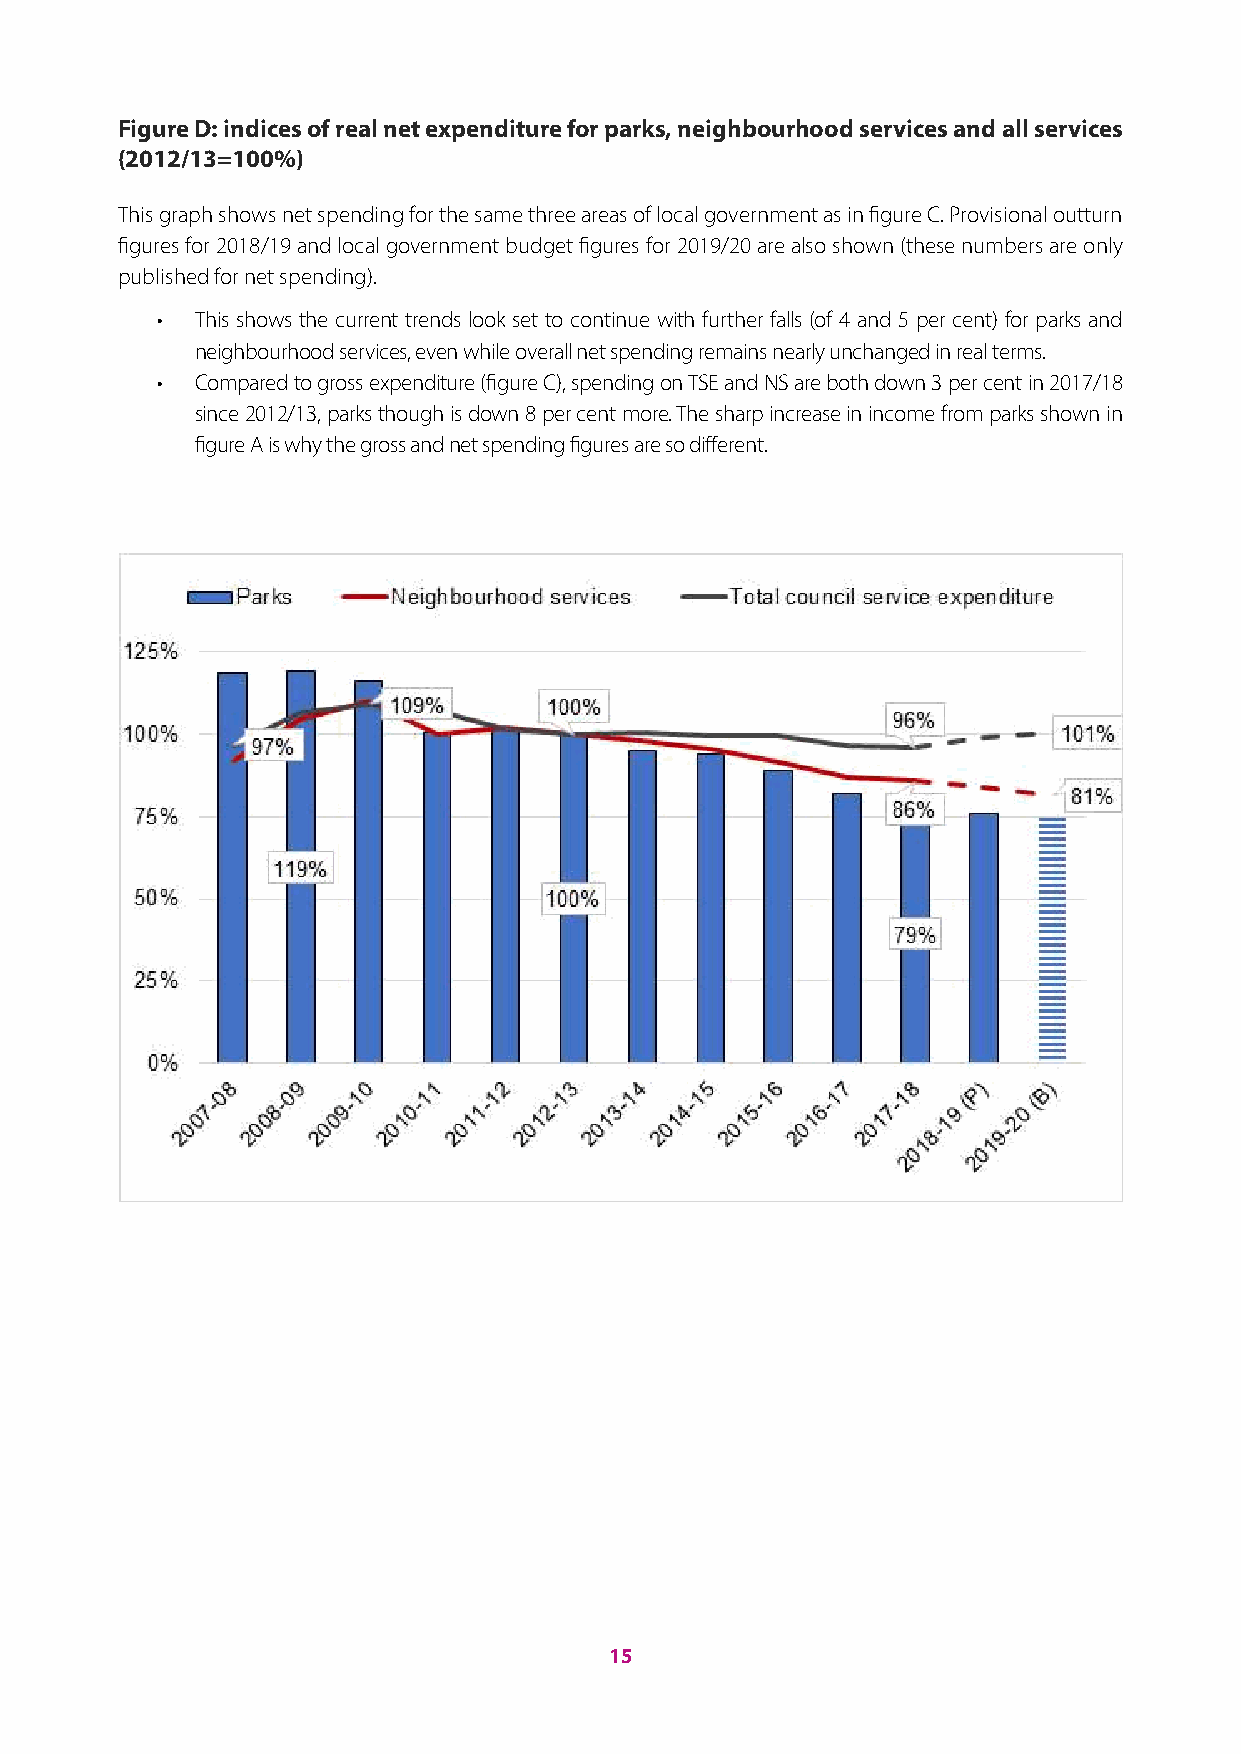
Figure D: indices of real net expenditure for parks, neighbourhood services and all services
 (2012/13=100%)
 This graph shows net spending for the same three areas of local government as in figure C. Provisional outturn
 figures for 2018/19 and local government budget figures for 2019/20 are also shown (these numbers are only
 published for net spending).
 •  This shows the current trends look set to continue with further falls (of 4 and 5 per cent) for parks and
 neighbourhood services, even while overall net spending remains nearly unchanged in real terms.
 •  Compared to gross expenditure (figure C), spending on TSE and NS are both down 3 per cent in 2017/18
 since 2012/13, parks though is down 8 per cent more. The sharp increase in income from parks shown in
 figure A is why the gross and net spending figures are so different.
 15